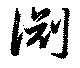
渕